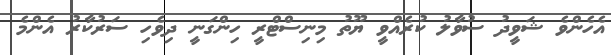
އެހެންވެ ޝަވީދު ސުވާލު ކުރެއްވީ ޔޫތު މިނިސްޓްރީ ހިންގަނީ ދިވެހި ސަރުކާރު އެންމެ